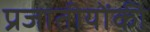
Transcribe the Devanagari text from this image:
प्रजातीयोंकी